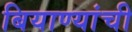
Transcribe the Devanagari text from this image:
बियाण्यांची